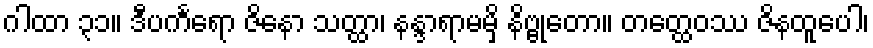
ဂါထာ ၃၁။ ဒီပင်္ကရော ဇိနော သတ္ထာ၊ နန္ဒာရာမမှိ နိဗ္ဗုတော။ တတ္ထေဝဿ ဇိနထူပေါ၊